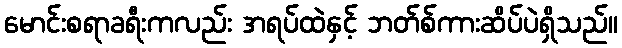
မောင်းစရာခရီးကလည်း အရပ်ထဲနှင့် ဘတ်စ်ကားဆိပ်ပဲရှိသည်။